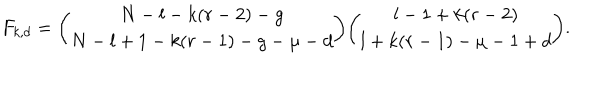
F _ { k , d } = { \binom { N - l - k ( r - 2 ) - g } { N - l + 1 - k ( r - 1 ) - g - \mu - d } } { \binom { l - 1 + k ( r - 2 ) } { l + k ( r - 1 ) - \mu - 1 + d } } .